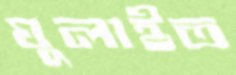
ঘুলাইত